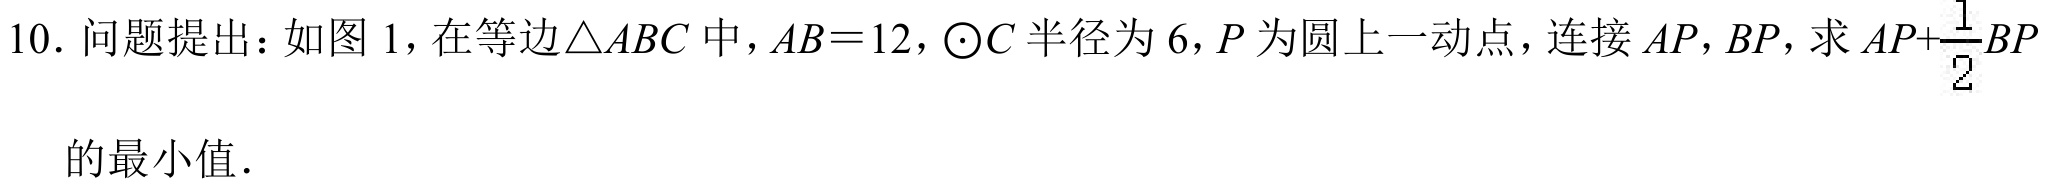
10. 问题提出：如图 1，在等边\(\triangle ABC\)中，\(AB = 12\)，\(\odot C\)半径为\(6\)，\(P\)为圆上一动点，连接\(AP,BP\)，求\(AP+\frac{1}{2}BP\)的最小值．